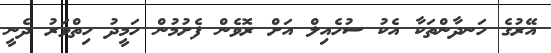
އޭރުގެ ހަނދާންތަކާ އެކު ސުހެއިލް އަށް ރޮވެން ފެށުމުން ހަމީދު ހިތްވަރު ދެނީ